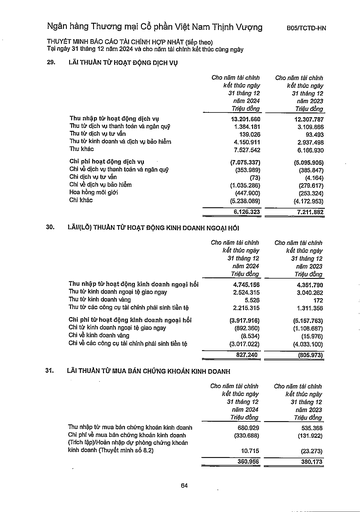
||Cho năm tài chính kết thúc ngày 31 tháng 12 năm 2024 Triệu đồng|Cho năm tài chính kết thúc ngày 31 tháng 12 năm 2023 Triệu đồng| |---|---|---| |Thu nhập từ hoạt động dịch vụ|13.201.660|12.307.787| |Thu tiếp dịch vụ thanh toán và ngân quỹ|1.384.181|3.109.866| |Thu tiếp dịch vụ tư vấn|139.026|93.493| |Thu từ kinh doanh và dịch vụ bảo hiểm|4.150.911|2.937.498| |Thu khác|7.527.542|6.166.930| |Chi phí hoạt động dịch vụ|(7.075.337)|(5.095.905)| |Chi về dịch vụ thanh toán và ngân quỹ|(353.989)|(385.847)| |Chi dịch vụ tư vấn|(73)|(4.164)| |Chi về dịch vụ bảo hiểm|(1.035.286)|(279.617)| |Hoa hồng môi giới|(447.900)|(253.324)| |Chi khác|(5.238.089)|(4.172.953)| ||6.126.323|7.211.882| ||Cho năm tài chính kết thúc ngày 31 tháng 12 năm 2024 Triệu đồng|Cho năm tài chính kết thúc ngày 31 tháng 12 năm 2023 Triệu đồng| |---|---|---| |Thu nhập từ hoạt động kinh doanh ngoại hối|4.745.156|4.351.790| |Thu từ kinh doanh ngoại tệ giao ngay|2.524.315|3.040.262| |Thu từ kinh doanh vàng|5.526|172| |Thu từ các công cụ tài chính phái sinh tiền tệ|2.215.315|1.311.356| |Chi phí từ hoạt động kinh doanh ngoại hối|(3.917.916)|(5.157.763)| |Chi từ kinh doanh ngoại tệ giao ngay|(892.360)|(1.108.687)| |Chi về kinh doanh vàng|(8.534)|(15.976)| |Chi về các công cụ tài chính phái sinh tiền tệ|(3.017.022)|(4.033.100)| ||827.240|(805.973)| ||Cho năm tài chính kết thúc ngày 31 tháng 12 năm 2024 Triệu đồng|Cho năm tài chính kết thúc ngày 31 tháng 12 năm 2023 Triệu đồng| |---|---|---| |Thu nhập từ mua bán chứng khoán kinh doanh|680.929|535.368| |Chi phí về mua bán chứng khoán kinh doanh|(330.688)|(131.922)| |(Trích lập)/Hoàn nhập dự phòng chứng khoán kinh doanh (Thuyết minh số 8.2)|10.715|(23.273)| ||360.956|380.173|